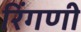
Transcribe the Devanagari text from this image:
रिंगणी